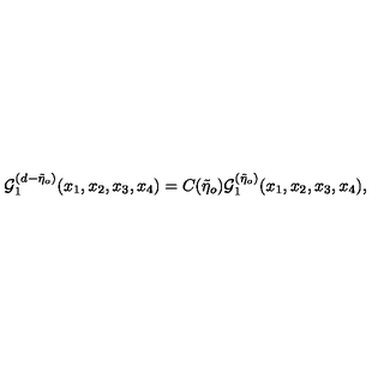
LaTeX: { \cal { G } } _ { 1 } ^ { ( d - \tilde { \eta } _ { o } ) } ( x _ { 1 } , x _ { 2 } , x _ { 3 } , x _ { 4 } ) = C ( \tilde { \eta } _ { o } ) { \cal { G } } _ { 1 } ^ { ( \tilde { \eta } _ { o } ) } ( x _ { 1 } , x _ { 2 } , x _ { 3 } , x _ { 4 } ) ,